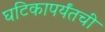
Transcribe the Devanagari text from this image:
घटिकापर्यंतची